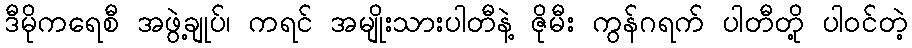
ဒီမိုကရေစီ အဖွဲ့ချုပ်၊ ကရင် အမျိုးသားပါတီနဲ့ ဇိုမီး ကွန်ဂရက် ပါတီတို့ ပါဝင်တဲ့